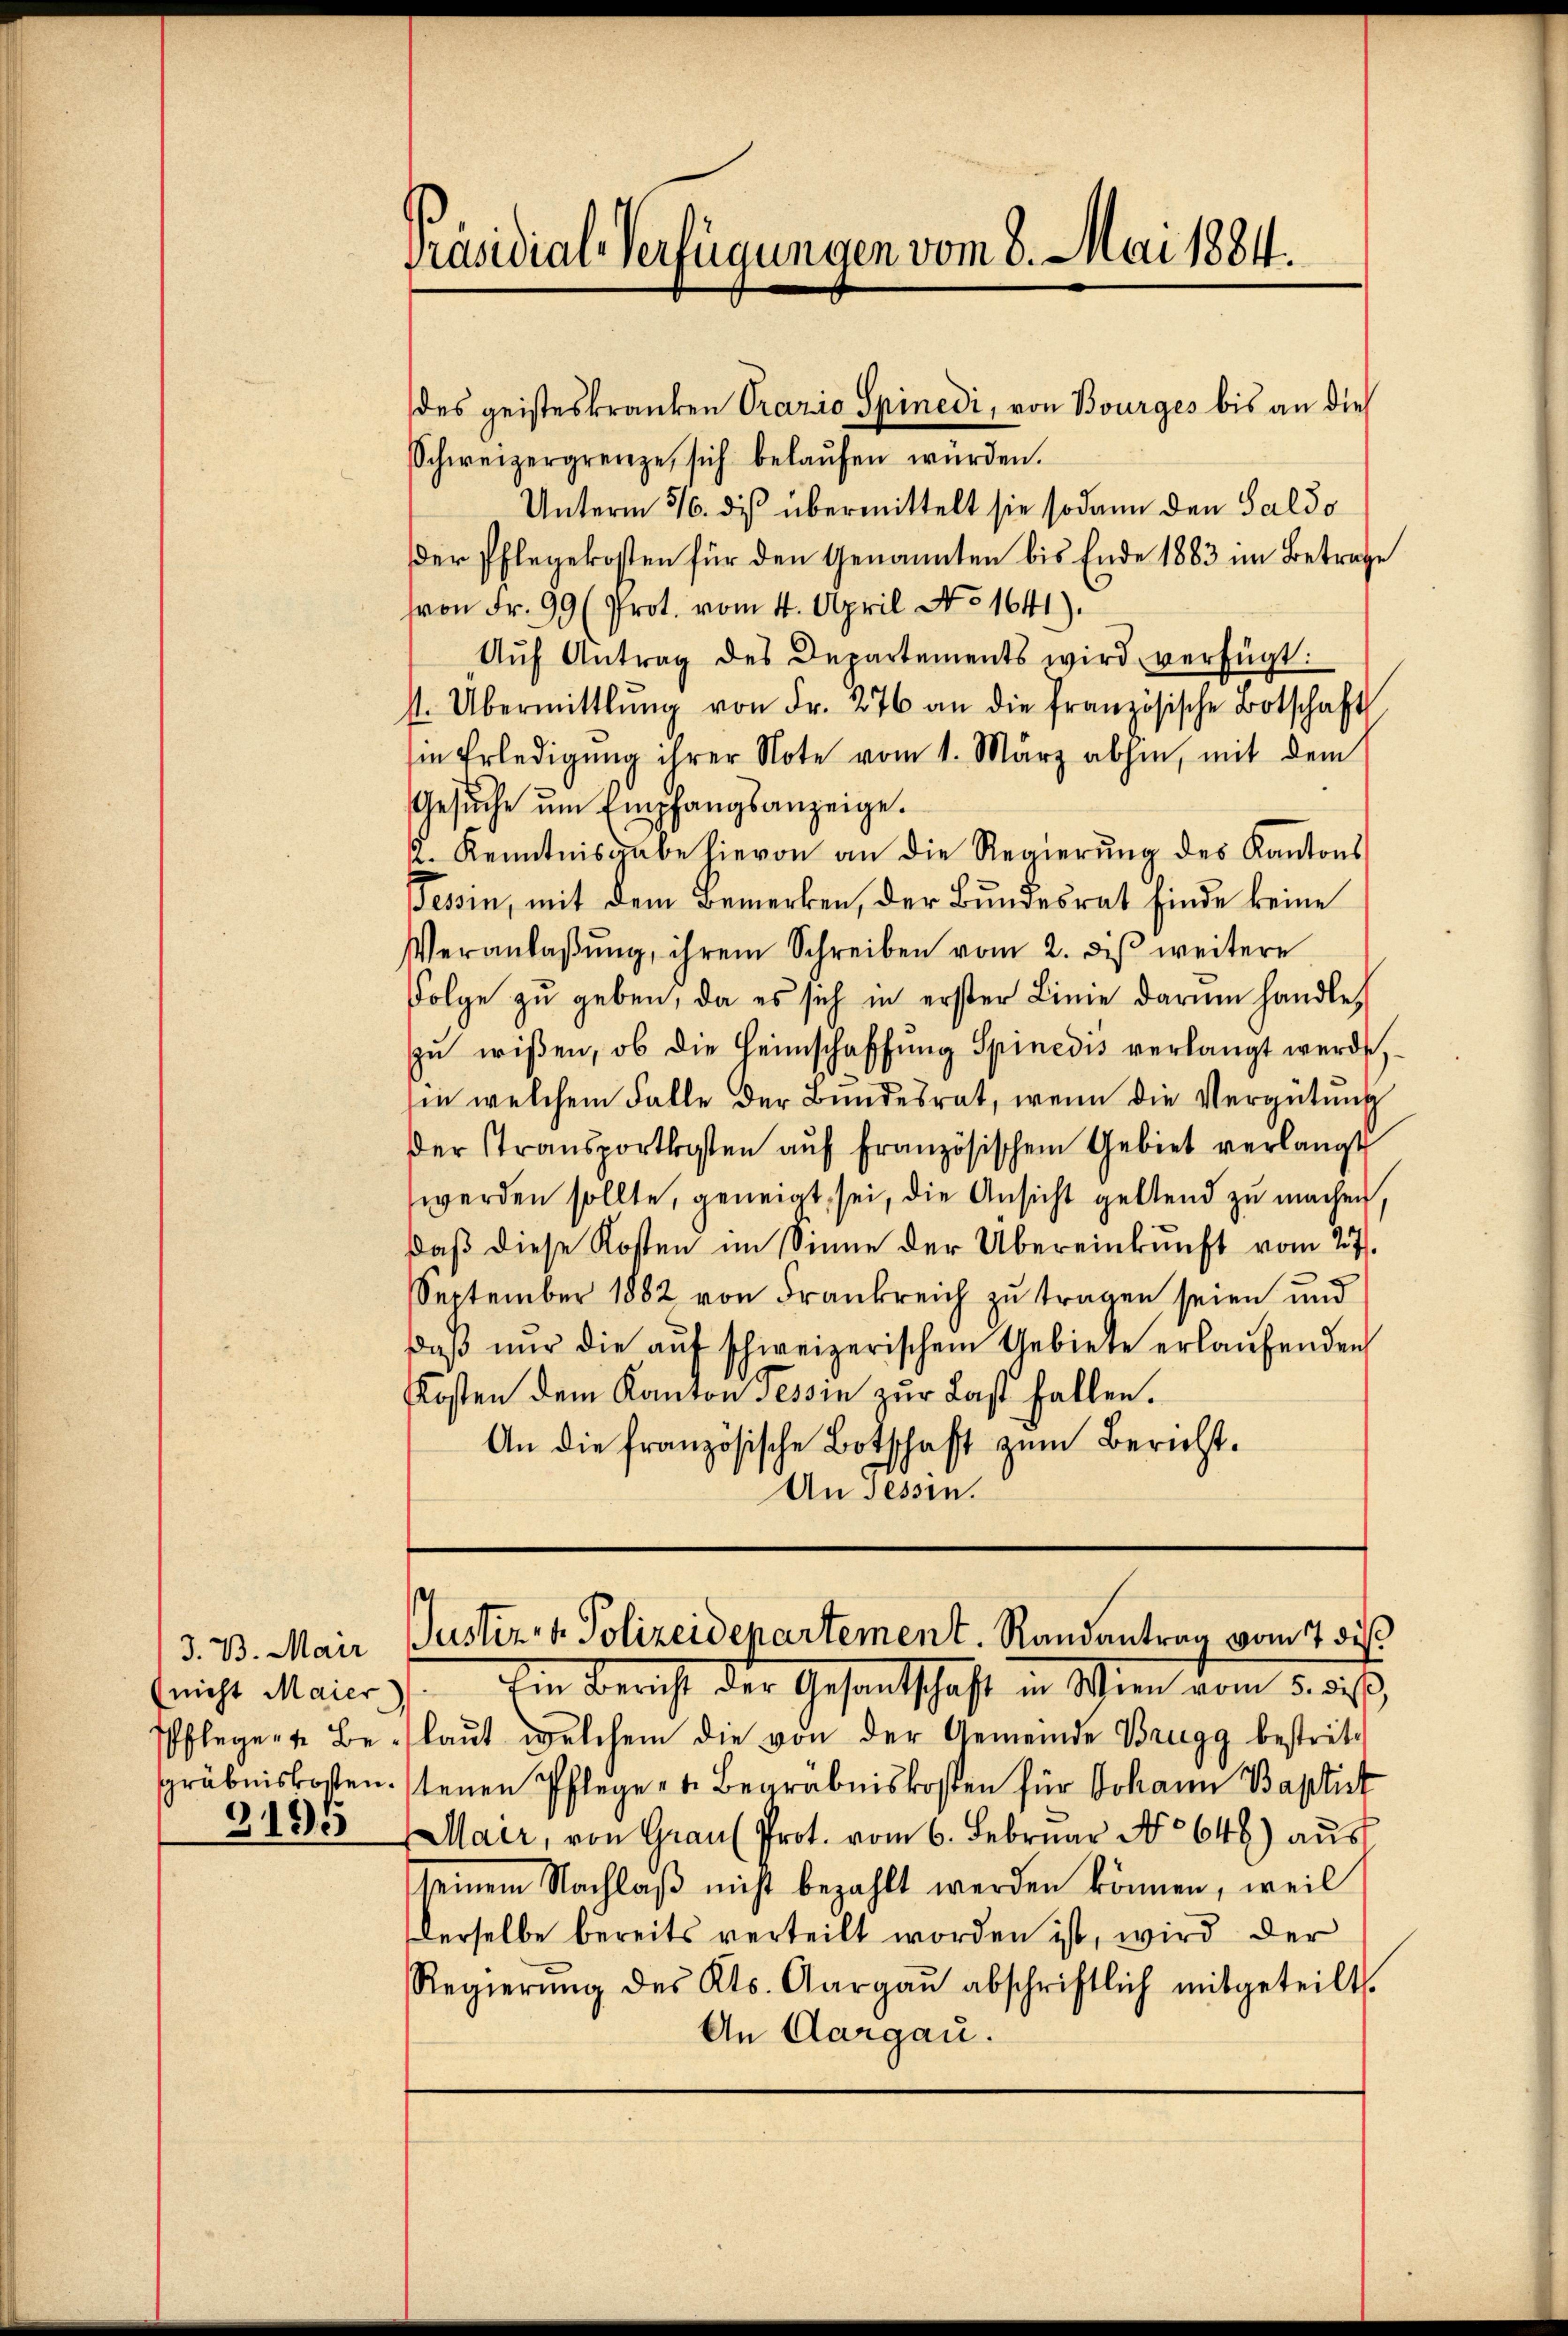
3. B. Mair
(nicht Maier
Pflegen Begräbniskosten.
318.

Präsidial-Verfügungen vom 8. Mai 1884.

des geisteskranken Prario Spinedi, von Bourges bis an dies
Schweizergrenze, sich belaŭfen würden.
Unterm 5/6. diß übermittelt sie sodann den Saldo
der Pflegekosten für den Genannten bis Ende 1883 im Betrage
von Fr. 99 (Prot. vom 4. April No 1641).
Aŭf Antrag des Departements wird verfügt:
s. Übermittlung von Fr. 276 an die französische Botschaft
sin Erledigung ihrer Note vom 1. März abhin, mit dem
Gesŭche ŭm Empfangsanzeige.
. Kenntnisgabe hievon an die Regierŭng des Kantons
Tessin, mit dem Bemerken, der Bundesrat sinde keine
Veranlaβŭng, ihrem Schreiben vom 2. diβ weitere
Folge zu geben, da es sich in erster Linie darum handle,
zŭ wissen, ob die Heimschaffŭng Spinedis verlangt werde
sie welchem Falle der Bundesrat, wenn die Vergütung
der Transportkosten aŭf französischen Gebiet verlangt
werden sollte, geneigt, sei, die Ansicht geltend zu machen,
daß diese Kosten im Sinne der Übereinkunft vom 27.
September 1882 von Frankreich zu tragen seien und
daβ nŭr die aŭf schweizerischem Gebiete erlaŭfenden
Kosten dem Kanton Tessin zur Last fallen.
An die französische Botschaft zum Bericht.
An sessin.

Justiz- u. Polizeidepartement. Randantrag vom 17 des

Im Bericht der Gesandtschaft in Wien vom 5. die
laut welchem die von der Gemeinde Brugg bestrittenen Pflege u. Begräbniskosten für Johann Baptist
Mair, von Grau Prot. vom 6. Februar No 648) aus
seinem Nachlaß nicht bezahlt werden können, weil
Derselbe bereits verteilt worden ist, wird der
Regierŭng des Kts. Aargaŭ abschriftlich mitgeteilt.
An Aargau.